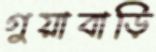
গুয়াবাড়ি